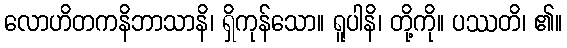
လောဟိတကနိဘာသာနိ၊ ရှိကုန်သော။ ရူပါနိ၊ တို့ကို။ ပဿတိ၊ ၏။